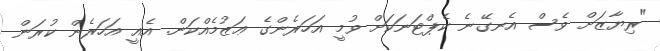
"ރިޔާޒަށް ވެސް އެނގޭނެ ކެޕްޓަނަކަށް ވުމީ އަހަރެންގެ ޢަޒުމެއްކަން. އެއީ އަހަރެން ކުރަން